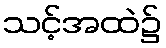
သင့်အထဲ၌